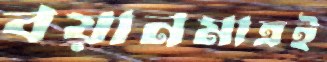
বয়ানমাত্রই